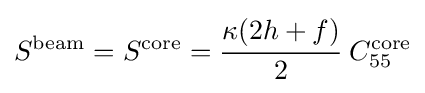
S^{\mathrm {beam} }=S^{\mathrm {core} }={\cfrac {\kappa (2h+f)}{2}}~C_{55}^{\mathrm {core} }